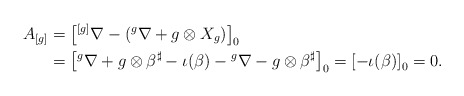
\begin{align*}A_{[g]}&=\left[{}^{[g]}\nabla-\left({}^g\nabla+g\otimes X_g\right)\right]_0\\&=\left[{}^g\nabla+g\otimes \beta^{\sharp}-\iota(\beta)-{}^g\nabla-g\otimes \beta^{\sharp}\right]_0=\left[-\iota(\beta)\right]_0=0.\end{align*}